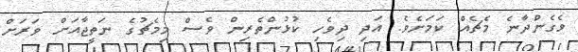
ވެގެންދާނެ މެޗެއް ކަމަށެވެ. އަދި ދިވެހި ކުޅުންތެރިން ވެސް މިމެޗުގެ ނަތީޖާއަށް ވަރަށް